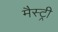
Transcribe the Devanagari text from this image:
मैस्ट्री